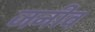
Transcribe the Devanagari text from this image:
जनीव